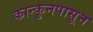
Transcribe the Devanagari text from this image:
कान्कुनपासून